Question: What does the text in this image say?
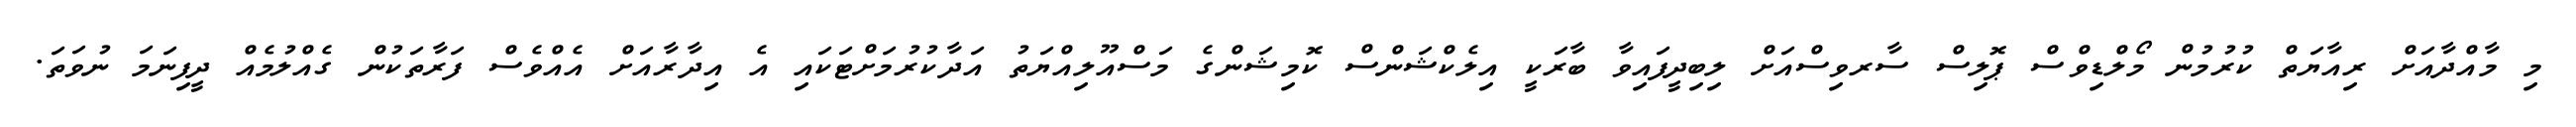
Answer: މި މާއްދާއަށް ރިއާޔަތް ކުރުމުން މޯލްޑިވްސް ޕޮލިސް ސާރވިސްއަށް ލިބިދީފައިވާ ބާރަކީ އިލެކްޝަންސް ކޮމިޝަންގެ މަސްއޫލިއްޔަތު އަދާކުރުމަށްޓަކައި އެ އިދާރާއަށް އެއްވެސް ފަރާތަކުން ގެއްލުމެއް ދީފިނަމަ ނުވަތަ.